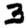
Digit: 3